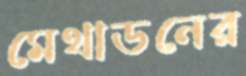
মেথাডনের